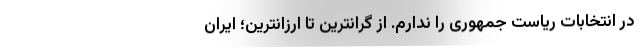
در انتخابات ریاست جمهوری را ندارم. از گرانترین تا ارزانترین؛ ایران